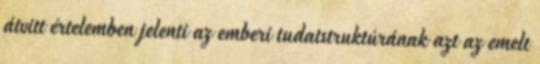
átvitt értelemben jelenti az emberi tudatstruktúrának azt az emelt